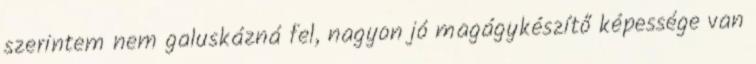
szerintem nem galuskázná fel, nagyon jó magágykészítő képessége van